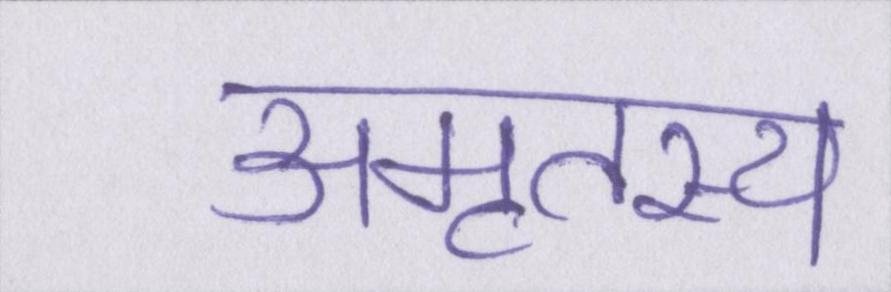
अमृतस्य